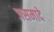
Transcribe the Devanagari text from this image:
जसमादे